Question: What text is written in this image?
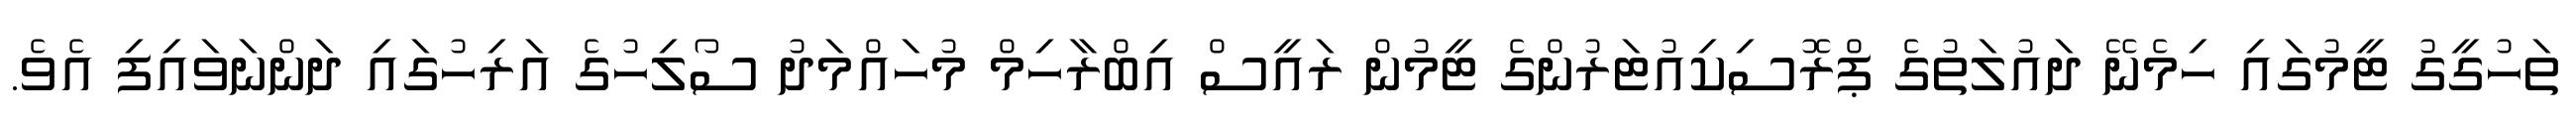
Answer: ތަހުގީގު ޓީމުގައި ހިމެނޭ ދައުލަތުގެ ޕްރޮސިކިއުޓަރުންގެ ޓީމުން ރައީސް އިބްރާހިމް މުހައްމަދު ސޯލިހުގެ އަރިހުގައި ދަންނަވައިފި އެވެ.